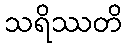
သရိဿတိ